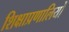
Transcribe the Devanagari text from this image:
शिक्षाप्रणालियों